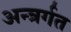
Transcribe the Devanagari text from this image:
अन्त्रर्गत